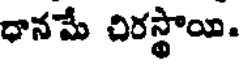
ధానమే చిరస్థాయి.